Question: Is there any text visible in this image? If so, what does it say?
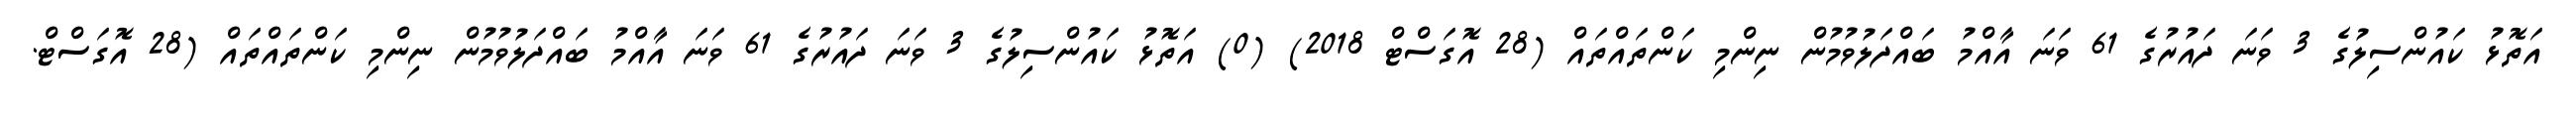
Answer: އަތޮޅު ކައުންސިލުގެ 3 ވަނަ ދައުރުގެ 61 ވަނަ އާއްމު ބައްދަލުވުމުން ނިންމި ކަންތައްތައް (28 އޮގަސްޓް 2018) (0) އަތޮޅު ކައުންސިލުގެ 3 ވަނަ ދައުރުގެ 61 ވަނަ އާއްމު ބައްދަލުވުމުން ނިންމި ކަންތައްތައް (28 އޮގަސްޓް.